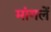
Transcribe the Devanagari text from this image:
मांगलें